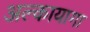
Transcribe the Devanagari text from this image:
अल्कायागा